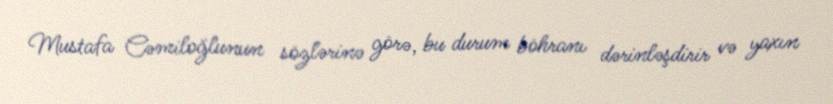
Mustafa Cəmiloğlunun sözlərinə görə, bu durum böhranı dərinləşdirir və yaxın